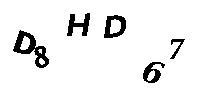
D8HD67